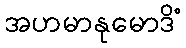
အဟမာနုမောဒိံ